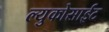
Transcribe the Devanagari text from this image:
ल्युकोसाईट